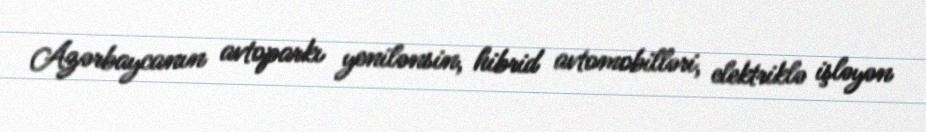
Azərbaycanın avtoparkı yenilənsin, hibrid avtomobilləri, elektriklə işləyən